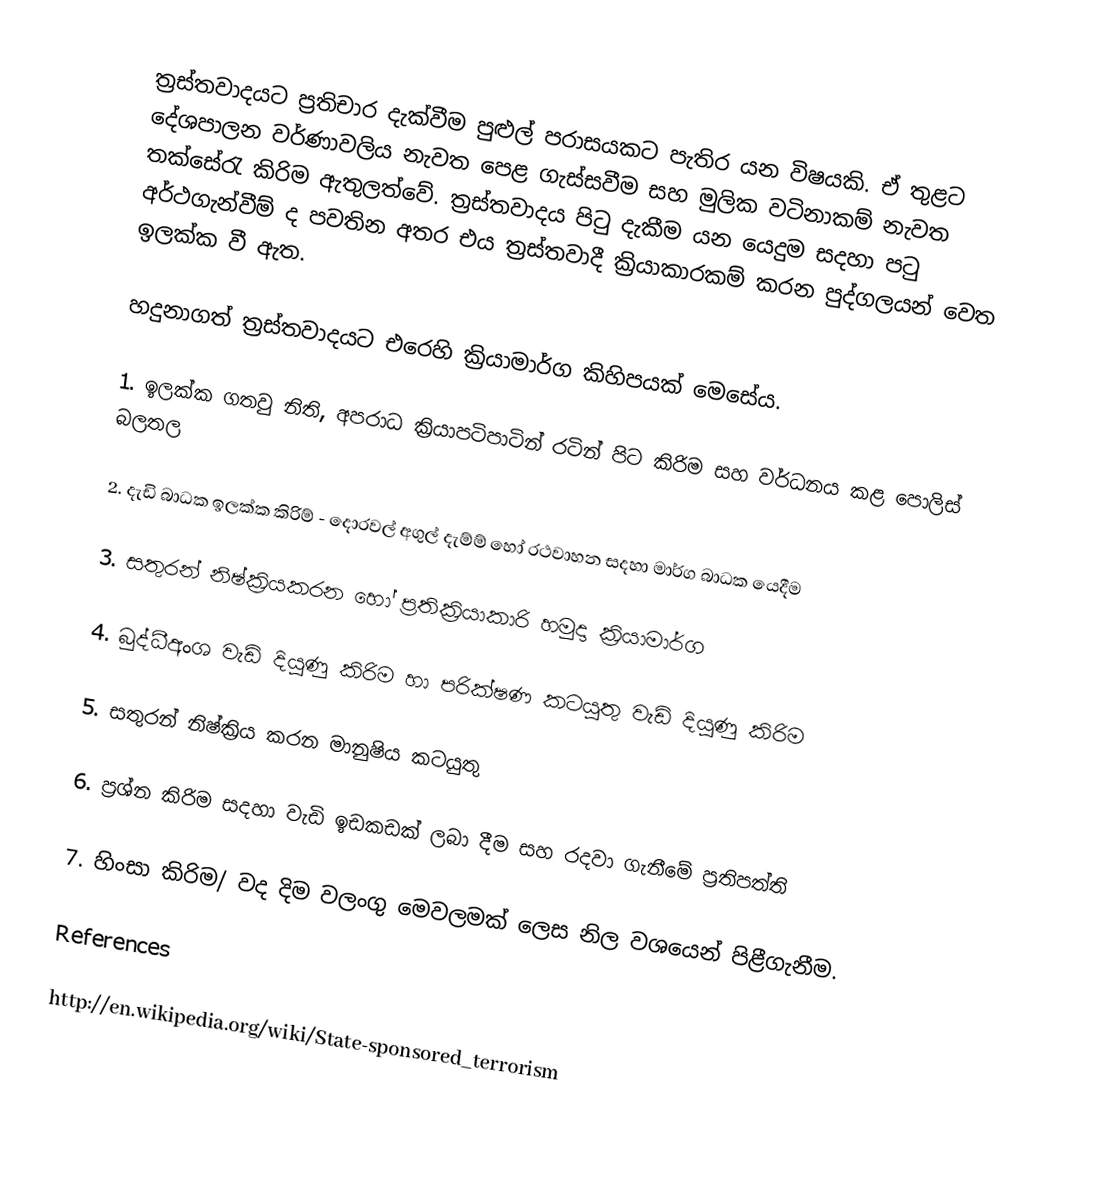
ත්‍රස්තවාදයට ප්‍රතිචාර දැක්වීම පුළුල් පරාසයකට පැතිර යන විෂයකි. ඒ තුළට දේශපාලන වර්ණාවලිය නැවත පෙළ ගැස්සවීම සහ මුලික වටිනාකම් නැවත තක්සේරැ කිරිම ඇතුලත්වේ. ත්‍රස්තවාදය පිටු දැකීම යන යෙදුම සදහා පටු අර්ථගැන්වීම් ද පවතින අතර එය ත්‍රස්තවාදී ක්‍රියාකාරකම් කරන පුද්ගලයන් වෙත ඉලක්ක වී ඇත.

හදුනාගත් ත්‍රස්තවාදයට එරෙහි ක්‍රියාමාර්ග කිහිපයක් මෙසේය.

1.	ඉලක්ක ගතවු නිති, අපරාධ ක්‍රියාපටිපාටින් රටින් පිට කිරිම සහ වර්ධනය කළ පොලිස් බලතල

2.	දැඩි බාධක ඉලක්ක කිරිම් - දොරවල් අගුල් දැම්ම් හෝ රථවාහන සදහා මාර්ග බාධක යෙදීම

3.	සතුරන් නිෂ්ක්‍රියකරන හෝ ප්‍රතික්‍රියාකාරි හමුදා ක්‍රියාමාර්ග

4.	බුද්ධීඅංශ වැඩි දියුණු කිරිම හා පරික්ෂණ කටයුතු වැඩි දියුණු කිරිම

5.	සතුරන් නිෂ්ක්‍රිය කරන මානුෂිය කටයුතු

6.	ප්‍රශ්න කිරිම සදහා වැඩි ඉඩකඩක් ලබා දීම සහ රදවා ගැනීමේ ප්‍රතිපත්ති

7.	හිංසා කිරිම/ වද දිම වලංගු මෙවලමක් ලෙස නිල වශයෙන් පිළීගැනීම.

References

 http://en.wikipedia.org/wiki/State-sponsored_terrorism